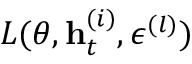
L ( \theta , \mathbf { h } _ { t } ^ { ( i ) } , \epsilon ^ { ( l ) } )